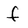
Character: f